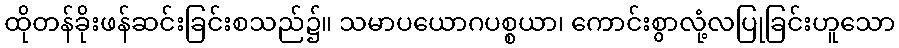
ထိုတန်ခိုးဖန်ဆင်းခြင်းစသည်၌။ သမာပယောဂပစ္စယာ၊ ကောင်းစွာလုံ့လပြုခြင်းဟူသော